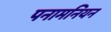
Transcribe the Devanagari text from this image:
पनामनियन